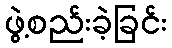
ဖွဲ့စည်းခဲ့ခြင်း